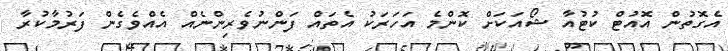
އެގޮތުން އޮއުޓް ކުޓުއާ ޝޯއަކަށް ކޮންމެ އަހަރަކު އެތައް ފަންނުވެރިންނެއް އެއްވެގެން ފަރުމާކުރާ